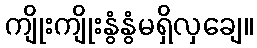
ကျိုးကျိုးနွံနွံမရှိလှချေ။